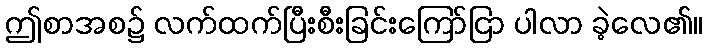
ဤစာအစ၌ လက်ထက်ပြီးစီးခြင်းကြော်ငြာ ပါလာ ခဲ့လေ၏။